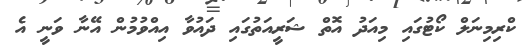
ކްރިމިނަލް ކޯޓުގައި މިއަދު އޮތް ޝަރީއަތުގައި ދައުވާ އިއްވުމުން އޭނާ ވަނީ އެ